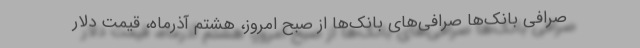
صرافی بانک‌ها صرافی‌های بانک‌ها از صبح امروز، هشتم آذرماه، قیمت دلار